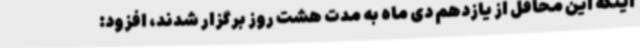
اینکه این محافل از یازدهم دی ماه به مدت هشت روز برگزار شدند، افزود: